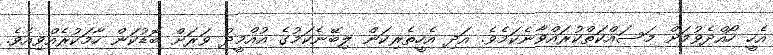
އެހީ ހޯއްދެވުމަށް މަސައްކަތްކުރައްވާނެކަމެވެ. އަދި އެހީތެރިކަން ލިބޭނެކަމުގެ އުއްމީދު ވަރަށް ބޮޑުކަން ހާމަކުރެއްވިއެވެ.